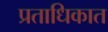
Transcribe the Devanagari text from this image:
प्रताधिकात